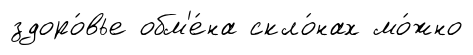
здоро́вье обм'е́на скло́нах мо́жно